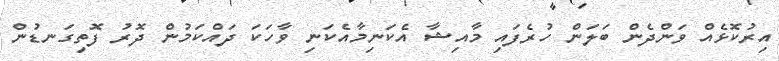
އިރުކޮޅެއް ވަންދެން ބަލަން ހުރެފައި މާއިޝާ އެކަނިމާއެކަނި ވާހަކަ ދައްކަމުން ދޮރު ފޮތިގަނޑުން